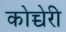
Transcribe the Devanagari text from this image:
कोच्चेरी